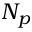
N _ { p }